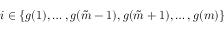
i \in \{ g ( 1 ) , \ldots , g ( \tilde { m } - 1 ) , g ( \tilde { m } + 1 ) , \ldots , g ( m ) \}